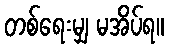
တစ်ရေးမျှ မအိပ်ရ။